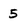
Character: 5